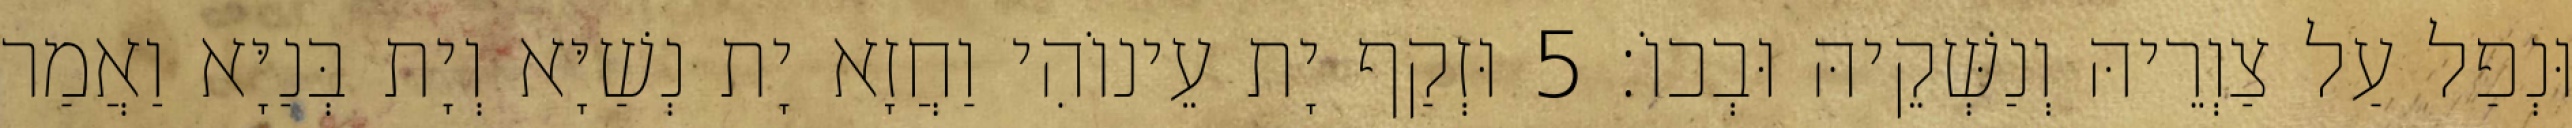
וּנְפַל עַל צַוְרֵיהּ וְנַשְּׁקֵיהּ וּבְכוֹ׃ 5 וּזְקַף יָת עֵינוֹהִי וַחֲזָא יָת נְשַׁיָּא וְיָת בְּנַיָּא וַאֲמַר